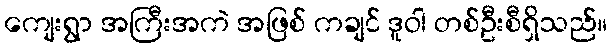
ကျေးရွာ အကြီးအကဲ အဖြစ် ကချင် ဒူဝါ တစ်ဦးစီရှိသည်။